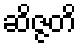
ဆိဇ္ဇတိ